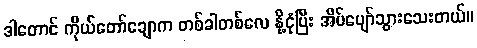
ဒါတောင် ကိုယ်တော်ချောက တစ်ခါတစ်လေ နို့ငုံပြီး အိပ်ပျော်သွားသေးတယ်။